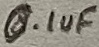
Text: 0.1uF